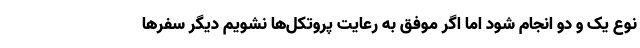
نوع یک و دو انجام شود اما اگر موفق به رعایت پروتکل‌ها نشویم دیگر سفرها